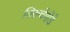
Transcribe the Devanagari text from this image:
तिरूचेंगोडे